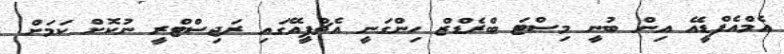
އެމްއެފްޑީއޭ އިން ބުނީ މިސްޓަ ބްރެޑްޒް ހިންގަނީ އެޗްޕީއޭގައި ރަޖިސްޓްރީ ނުކޮށް ކަމަށް